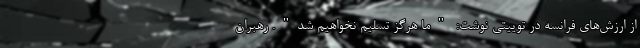
از ارزش‌‌های فرانسه در توییتی نوشت: "ما هرگز تسلیم نخواهیم شد". رهبران